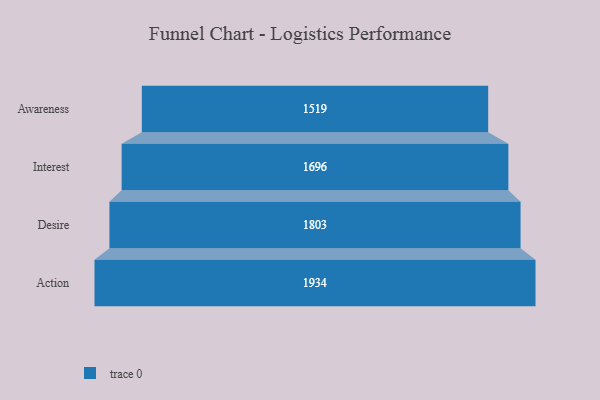
{"axis": {"x": "Stage", "y": "Value"}, "legend": [""], "data": [{"x": "Awareness", "y": 1519.0, "type": ""}, {"x": "Interest", "y": 1696.0, "type": ""}, {"x": "Desire", "y": 1803.0, "type": ""}, {"x": "Action", "y": 1934.0, "type": ""}]}